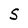
Character: S